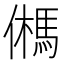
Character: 𩢮